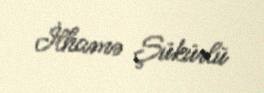
İlhamə Şükürlü